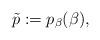
LaTeX: \begin{align*}\tilde p:=p_\beta(\beta),\end{align*}